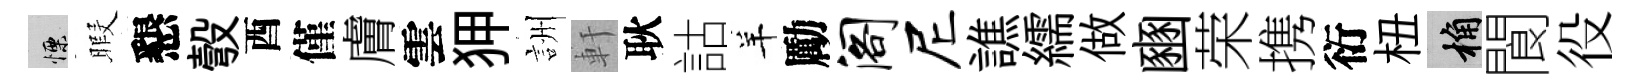
慄暇懇彀酉僅膚雲狎詶軒耿詁羊勵阁尼譙繻做豳荣携衍杻桷閬役